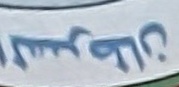
السرطان